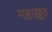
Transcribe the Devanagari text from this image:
महाझूठ